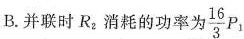
B.并联时R_{2} 消耗的功率为\frac{16}{3}P_{1}